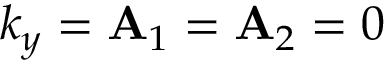
k _ { y } = { \bf A } _ { 1 } = { \bf A } _ { 2 } = 0